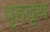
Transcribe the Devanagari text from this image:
वृहदृथ